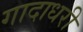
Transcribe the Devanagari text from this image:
गादाधरी